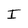
Character: I